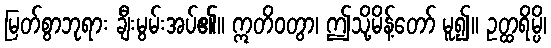
မြတ်စွာဘုရား ချီးမွမ်းအပ်၏။ ဣတိဝတွာ၊ ဤသို့မိန့်တော် မူ၍။ ဥတ္ထရိမ္ပိ၊